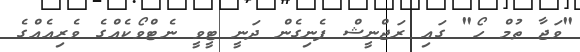
"ވަޖާ ތުމް ހޯ" ގައި ރަޖްނީޝް ފެނިގެން ދަނީ ޓީވީ ނެޓްވޯކެއްގެ ވެރިއެއްގެ